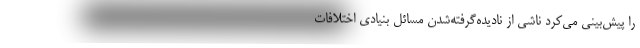
را پیش‌بینی می‌کرد ناشی از نادیدهِ‌گرفته‌شدنِ مسائل بنیادی اختلافاتِ